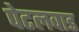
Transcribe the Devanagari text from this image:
पेटलवाड